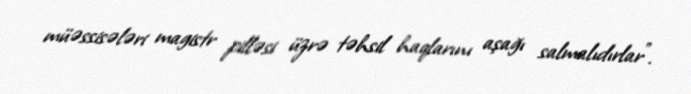
müəssisələri magistr pilləsi üzrə təhsil haqlarını aşağı salmalıdırlar”.